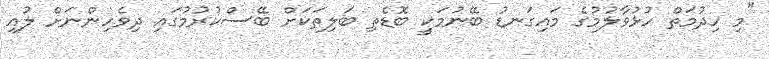
"މި ހިދުމަތް ހުޅުވާލުމުގެ މައިގަނޑު ބޭނުމަކީ ބޮޑެތި ބަލިތަކަށް ބޭސްކުރުމުގައި ދިވެހިންނަށް ލުއި